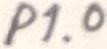
Text: P1.0